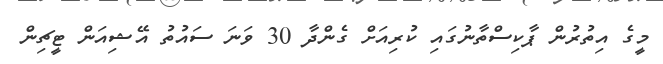
މީގެ އިތުރުން ޕާކިސްތާނުގައި ކުރިއަށް ގެންދާ 30 ވަނަ ސައުތު އޭޝިއަން ޓީޗިން